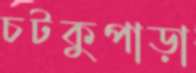
চটকুপাড়া